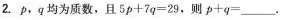
2.p，q均为质数，且 $$5 p + 7 q = 2 9$$，则 $$p + q =$$___.